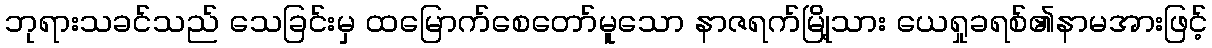
ဘုရားသခင်သည် သေခြင်းမှ ထမြောက်စေတော်မူသော နာဇရက်မြို့သား ယေရှုခရစ်၏နာမအားဖြင့်